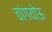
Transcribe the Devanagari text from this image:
चांगयोऊ